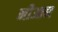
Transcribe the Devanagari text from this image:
नीआन